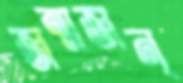
জন্মজন্